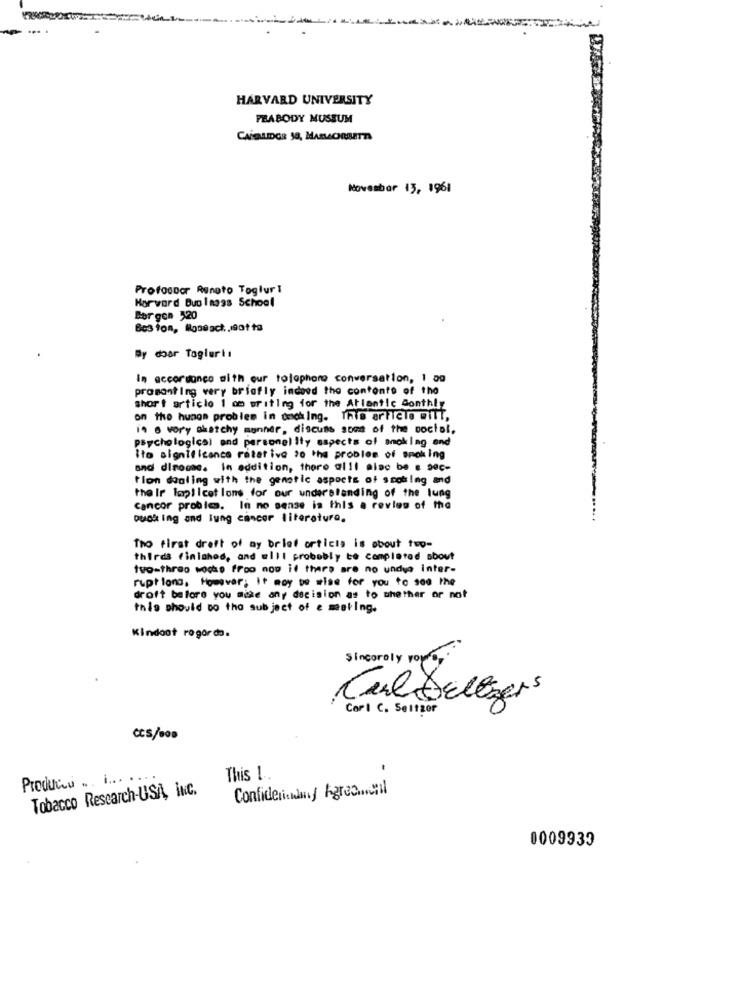
... .
HARVARD UNIVERSITY
PEABODY MUSSUM
November 13, 1961
Profoonor Renato Togiuri
Hor vard Bup 1a398 School
Bor gon 320
Bc3 ton, Moseact, , 90tts
By door Tagiuri:
In accordance with our tolophone conversation, 1 og
prasantIng very briafly indeed the contents of the
short article 1 om writing for the Atlantic Sonthly
on the hunos problem in deich Ing. This article wilT,
i. e vory sketchy manner, discuss some of the social,
Psychological and personel ily aspects of smoking end
Ito significance ratetive to the problem of smoking
and dimocac. in addition, thoro alll alac be e sec-
tion donling with the genetic aspoets of smoking and
the Ir laplicet lons for our understanding of the lung
Cancor problea. In no sense is this a review of the
Duch ing and lung cancer literatura.
The first draft of my brief orticis is about two-
thirds finished, and elll probably to completed sbout
tvo-thrao woche froo now if there are no undwo inter-
rupt long, However, It may be wise for you to soo the
droft before you make any decision as to whether or not
this should Do the subject of e mating.
Kindont rogordo.
Sincerely yours ,
Carl Dellizers
Cori C. Seitzor
CCS/o00
Produis .. ........
This 1.
Tobacco Rescarch-USA, inc.
Confidenna Igre.mail
0009939